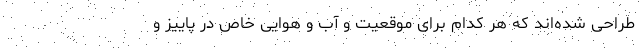
طراحی شده‌اند که هر کدام برای موقعیت و آب و هوایی خاص در پاییز و